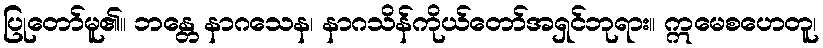
ပြုတော်မူ၏။ ဘန္တေ နာဂသေန၊ နာဂသိန်ကိုယ်တော်အရှင်ဘုရား။ ဣမေစဟေတူ၊